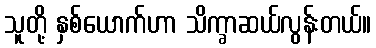
သူတို့ နှစ်ယောက်ဟာ သိက္ခာဆယ်လွန်းတယ်။